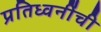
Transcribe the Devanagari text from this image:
प्रतिध्वनींची